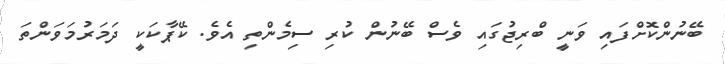
ބޭނުންކޮށްފައި ވަނީ ބްރިޖުގައި ވެސް ބޭނުން ކުރި ސިމެންތި އެވެ. ކޭޕާކަކީ ދަމަރުމަވަންތަ